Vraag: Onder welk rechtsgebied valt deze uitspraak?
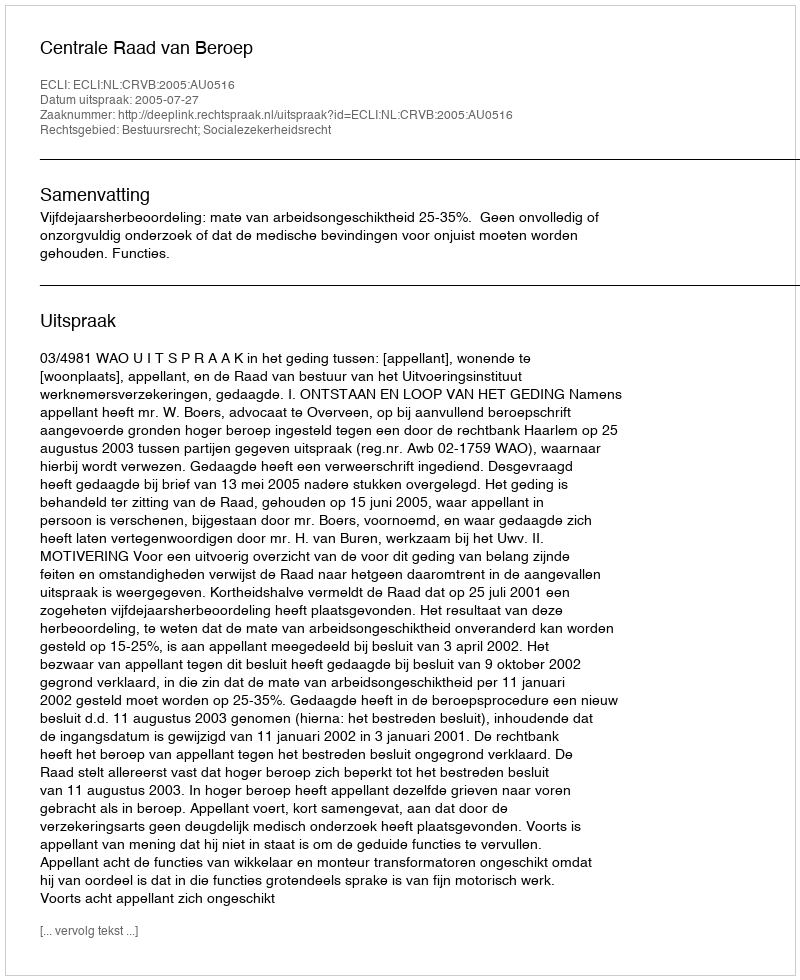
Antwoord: Bestuursrecht; Socialezekerheidsrecht